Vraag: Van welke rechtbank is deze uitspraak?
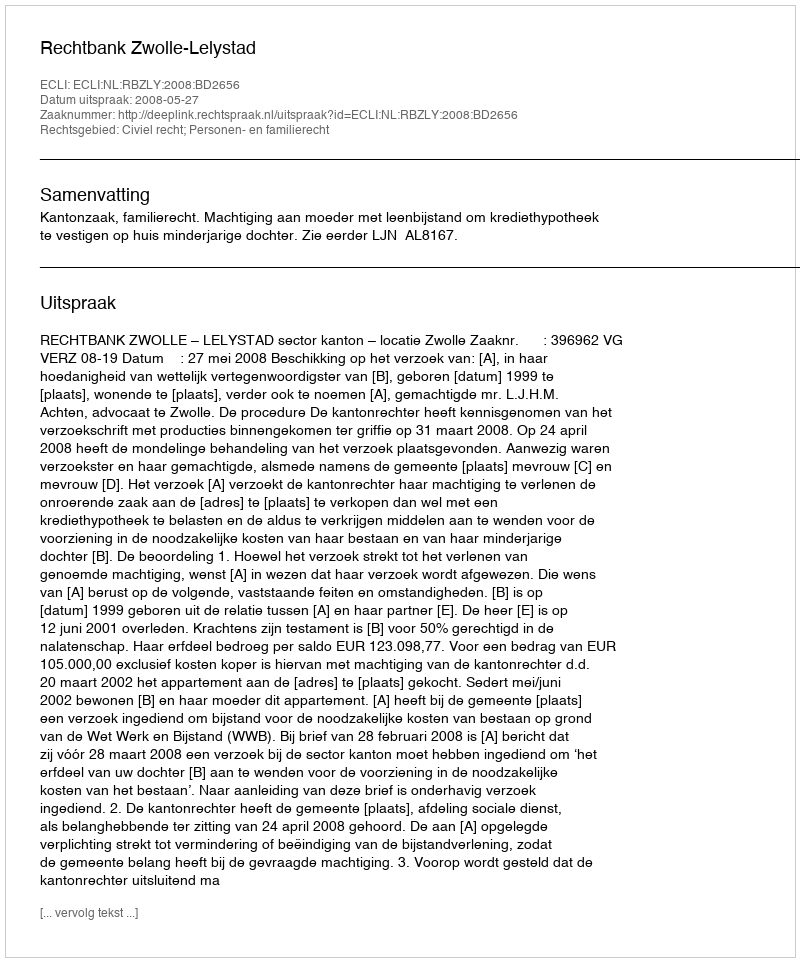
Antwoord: Rechtbank Zwolle-Lelystad